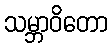
သမ္ဘာဝိတော